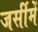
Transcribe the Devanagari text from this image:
जर्सीमें